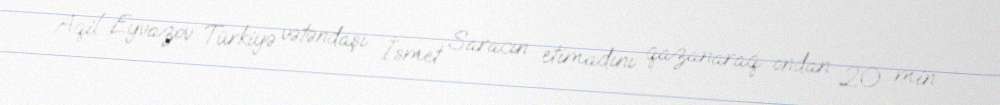
Aqil Eyvazov Türkiyə vətəndaşı İsmet Saracın etimadını qazanaraq ondan 20 min